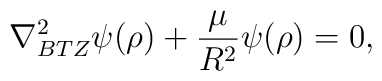
\nabla^2_{BTZ} \psi(\rho) + {\mu \over R^2} \psi(\rho) =0,